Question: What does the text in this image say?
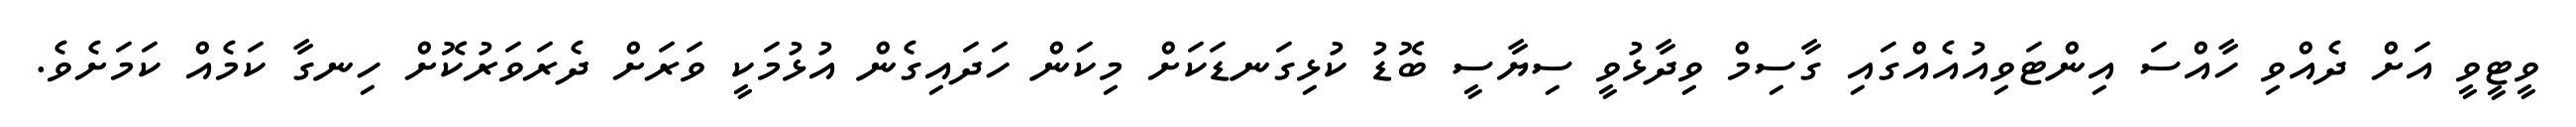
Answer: ވީޓީވީ އަށް ދެއްވި ހާއްސަ އިންޓަވިއުއެއްގައި ގާސިމް ވިދާޅުވީ ސިޔާސީ ބޮޑު ކުޅިގަނޑަކަށް މިކަން ހަދައިގެން އުޅުމަކީ ވަރަށް ދެރަވަރުކޮށް ހިނގާ ކަމެއް ކަމަށެވެ.